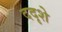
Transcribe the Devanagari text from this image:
ददृशे